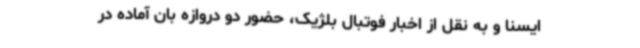
ایسنا و به نقل از اخبار فوتبال بلژیک، حضور دو دروازه بان آماده در